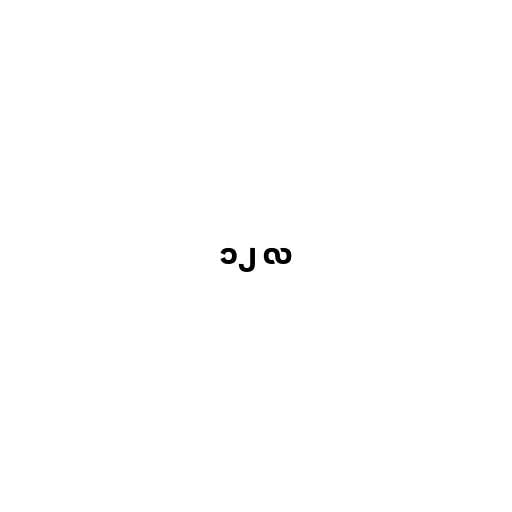
၁၂ လ